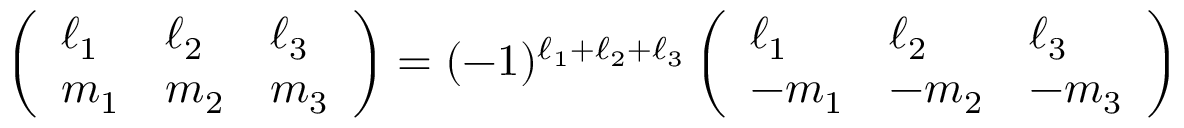
\left( \begin{array} { l l l } { \ell _ { 1 } } & { \ell _ { 2 } } & { \ell _ { 3 } } \\ { m _ { 1 } } & { m _ { 2 } } & { m _ { 3 } } \end{array} \right) = ( - 1 ) ^ { \ell _ { 1 } + \ell _ { 2 } + \ell _ { 3 } } \left( \begin{array} { l l l } { \ell _ { 1 } } & { \ell _ { 2 } } & { \ell _ { 3 } } \\ { - m _ { 1 } } & { - m _ { 2 } } & { - m _ { 3 } } \end{array} \right)